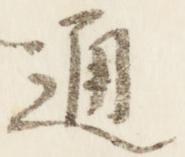
通